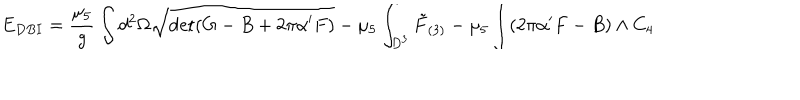
E _ { D B I } = \frac { \mu _ { 5 } } { g } \int d ^ { 2 } \Omega \sqrt { \det ( G - B + 2 \pi \alpha ^ { \prime } F ) } - \mu _ { 5 } \int _ { D ^ { 3 } } \tilde { F } _ { ( 3 ) } - \mu _ { 5 } \int ( 2 \pi \alpha ^ { \prime } F - B ) \wedge C _ { 4 }